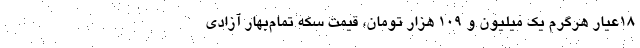
۱۸عیار هرگرم یک میلیون و ۱۰۹ هزار تومان، قیمت سکه تمام‌بهار آزادی